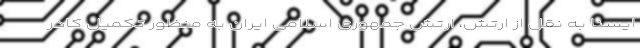
ایسنا به نقل از ارتش، ارتش جمهوری اسلامی ایران به منظور تکمیل کادر